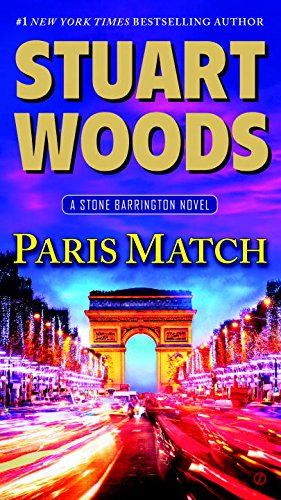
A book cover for Paris Match: A Stone Barrington Novel; Stuart Woods; Literature & Fiction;